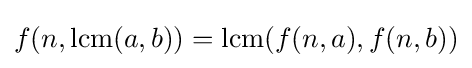
f(n,\operatorname {lcm} (a,b))=\operatorname {lcm} (f(n,a),f(n,b))